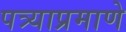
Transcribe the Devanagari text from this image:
पत्र्याप्रमाणे